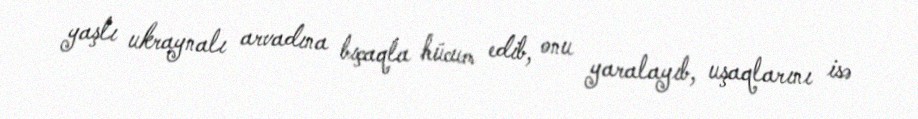
yaşlı ukraynalı arvadına bıçaqla hücum edib, onu yaralayıb, uşaqlarını isə